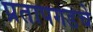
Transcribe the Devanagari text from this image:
प्रतापगडचे